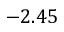
- 2 . 4 5